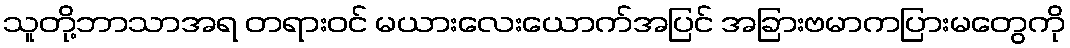
သူတို့ဘာသာအရ တရားဝင် မယားလေးယောက်အပြင် အခြားဗမာကပြားမတွေကို